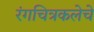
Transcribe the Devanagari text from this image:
रंगचित्रकलेचे